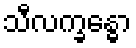
သီလက္ခန္ဓော